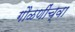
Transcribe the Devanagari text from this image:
गौळणींच्वा